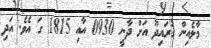
މާލެއިން ގުރައިދޫ އަށް ދާނީ 0930 އާއި 1815 ގަ އެވެ. އަދި